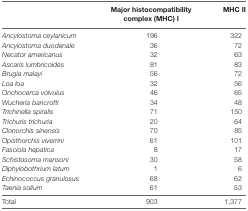
<table><thead><tr><td></td><td><b>Major histocompatibility complex (MHC) I</b></td><td><b>MHC II</b></td></tr></thead><tbody><tr><td><i>Ancylostoma ceylanicum</i></td><td>196</td><td>322</td></tr><tr><td><i>Ancylostoma duodenale</i></td><td>36</td><td>72</td></tr><tr><td><i>Necator americanus</i></td><td>32</td><td>63</td></tr><tr><td><i>Ascaris lumbricoides</i></td><td>81</td><td>83</td></tr><tr><td><i>Brugia malayi</i></td><td>56</td><td>72</td></tr><tr><td><i>Loa loa</i></td><td>32</td><td>56</td></tr><tr><td><i>Onchocerca volvulus</i></td><td>46</td><td>65</td></tr><tr><td><i>Wucheria bancrofti</i></td><td>34</td><td>48</td></tr><tr><td><i>Trichinella spiralis</i></td><td>71</td><td>150</td></tr><tr><td><i>Trichuris trichuria</i></td><td>20</td><td>64</td></tr><tr><td><i>Clonorchis sinensis</i></td><td>70</td><td>85</td></tr><tr><td><i>Opisthorchis viverrini</i></td><td>61</td><td>101</td></tr><tr><td><i>Fasciola hepatica</i></td><td>8</td><td>17</td></tr><tr><td><i>Schistosoma mansoni</i></td><td>30</td><td>58</td></tr><tr><td><i>Diphylobothrium latum</i></td><td>1</td><td>6</td></tr><tr><td><i>Echinococcus granulosus</i></td><td>68</td><td>62</td></tr><tr><td><i>Taenia solium</i></td><td>61</td><td>53</td></tr><tr><td>Total</td><td>903</td><td>1,377</td></tr></tbody></table>